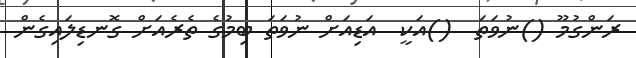
ރަންގުމޫ ()ނުވަތަ  ()އަކީ  އަޑިއަށް ނުވަތަ ބިމުގެ ތެރެއަށް ގޮނޑިލައިގެން